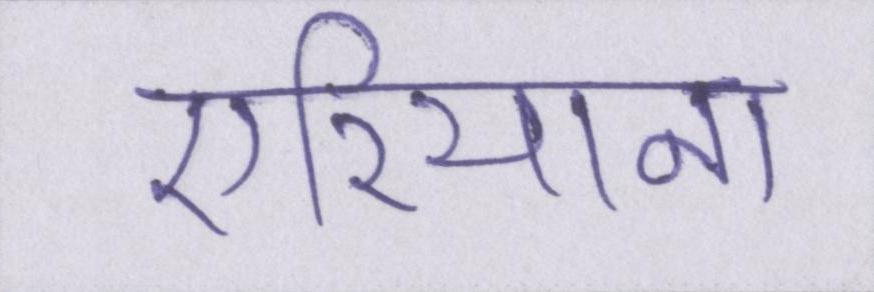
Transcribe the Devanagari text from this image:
एरियाना